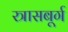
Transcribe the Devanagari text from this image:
स्त्रासबूर्ग